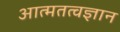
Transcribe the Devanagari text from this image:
आत्मतत्वज्ञान